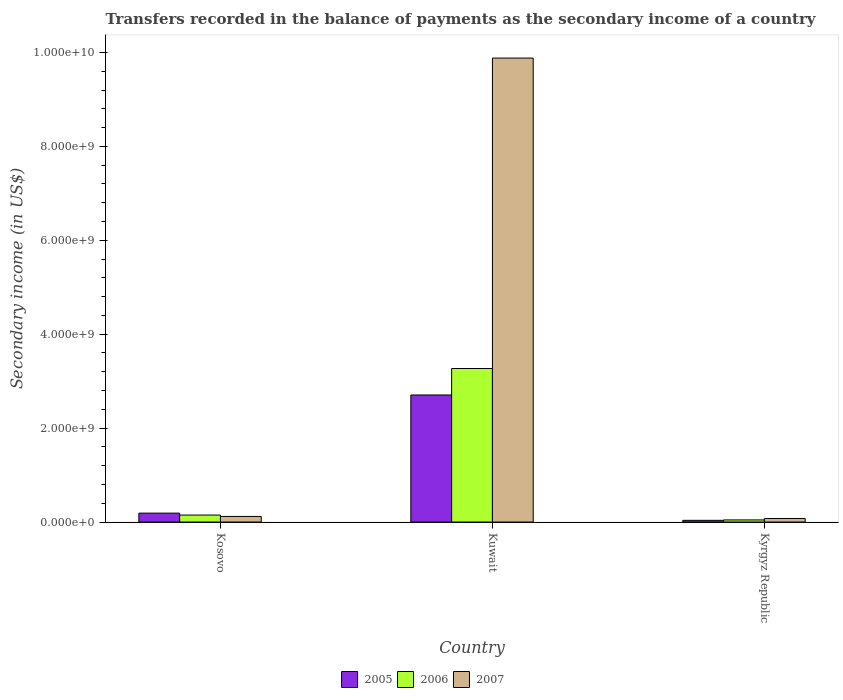
| Country | 2005 | 2006 | 2007 |
 | --- | --- | --- | --- |
 | Kosovo | 1.9e+08 | 1.48e+08 | 1.19e+08 |
 | Kuwait | 2.71e+09 | 3.27e+09 | 9.88e+09 |
 | Kyrgyz Republic | 3.63e+07 | 4.53e+07 | 7.56e+07 |